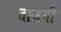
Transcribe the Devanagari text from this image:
ताजमी